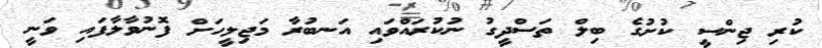
ކުރި ޖިންސީ ކުށުގެ ބިލް ތަސްދީގު ނުކުރައްވައި އަނބުރާ މަޖިލީހަށް ފޮނުވާލާފައި ވަނީ